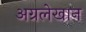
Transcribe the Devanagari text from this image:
अग्रलेखान